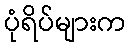
ပုံရိပ်များက